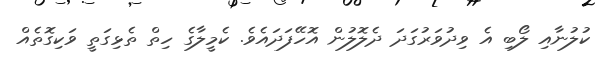
ކުލުނާއި ލޯބި އެ ވިދުވަރުގަދަ ދެލޮލުން އޮހޭފަދައެވެ. ކެމީލާގެ ހިތް ތެޅިގަތީ ވަކިގޮތެއް